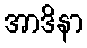
အာဒိနာ